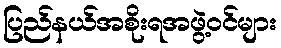
ပြည်နယ်အစိုးရအဖွဲ့ဝင်များ